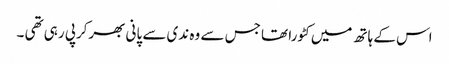
اس کے ہاتھ میں کٹورا تھا جس سے وہ ندی سے پانی بھرکرپی رہی تھی ۔